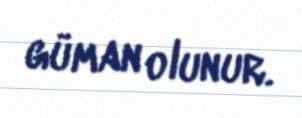
güman olunur.